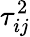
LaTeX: \tau_{ij}^{2}